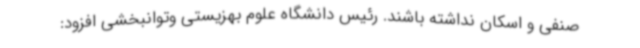
صنفی و اسکان نداشته باشند. رئیس دانشگاه علوم بهزیستی وتوانبخشی افزود: